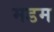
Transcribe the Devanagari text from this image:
मडम